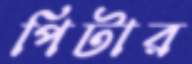
পিটার